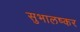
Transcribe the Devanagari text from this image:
सुभालष्कर